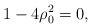
LaTeX: \begin{align*} 1-4\rho_0^2=0 ,\end{align*}